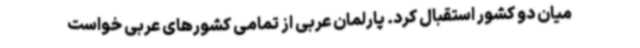
میان دو کشور استقبال کرد. پارلمان عربی از تمامی کشورهای عربی خواست